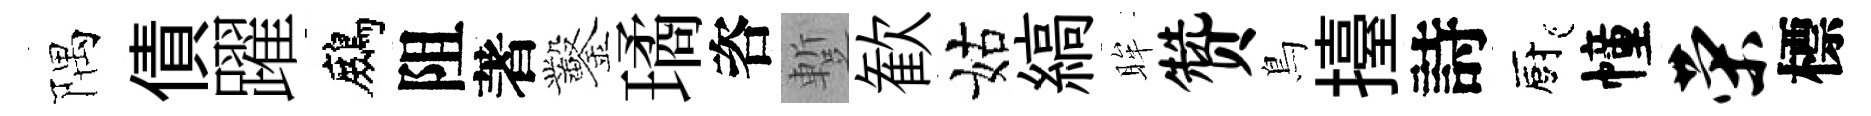
隅債躍鷓阻著鑿璚咨蹔歓姑縞眸赞鳥擡詩廚幢荣標